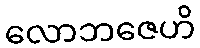
လောဘဇေဟိ